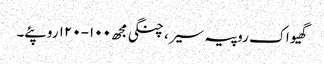
گھیو اک روپیہ سیر، چنگی مجھ ١٠٠-١٢٠ روپئے۔